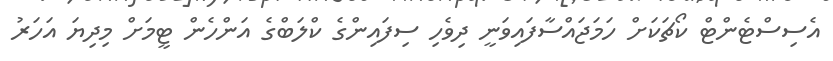
އެސިސްޓެންޓް ކޯޗަކަށް ހަމަޖައްސާފައިވަނީ ދިވެހި ސިފައިންގެ ކްލަބްގެ އަންހެން ޓީމަށް މިދިޔަ އަހަރު